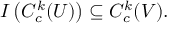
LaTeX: I \left( C _ { c } ^ { k } ( U ) \right) \subseteq C _ { c } ^ { k } ( V ) .